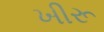
ખીરૂ